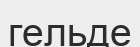
гельде